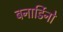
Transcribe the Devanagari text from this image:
बनार्डिनो